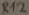
Text: R12